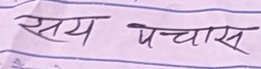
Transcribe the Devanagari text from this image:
सय पचास